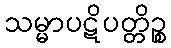
သမ္မာပဋိပတ္တိဉ္စ